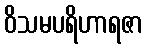
ဝိသမပရိဟာရဇာ